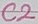
Text: C2